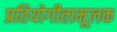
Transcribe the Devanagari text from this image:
प्रतियोगीतामूलक